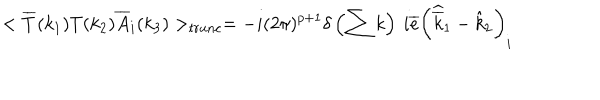
< \overline { { { T } } } ( k _ { 1 } ) T ( k _ { 2 } ) \overline { { { A } } } _ { i } ( k _ { 3 } ) > _ { t r u n c } = - i ( 2 \pi ) ^ { p + 1 } \delta \left( \sum k \right) \: i \overline { { { e } } } \left( \widehat { \overline { { { k } } } } _ { 1 } - \hat { k } _ { 2 } \right) _ { i }